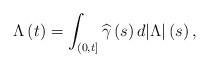
\begin{align*}\Lambda \left( t\right) =\int_{\left( 0,t\right] }\widehat{\gamma }\left(s\right) d|\Lambda |\left( s\right) , \end{align*}